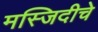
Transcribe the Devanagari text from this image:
मस्जिदीचे